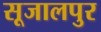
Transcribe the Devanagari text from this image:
सूजालपुर